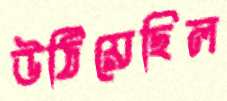
উঠিয়েছিল